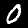
Label: 0